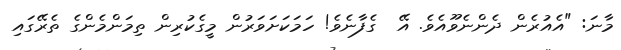
މާނަ: "އެއުރެން ދެންނެވޫއެވެ. އޭ  ގެފާނެވެ! ހަމަކަށަވަރުން މީގެކުރިން ތިމަންމެންގެ ތެރޭގައި